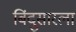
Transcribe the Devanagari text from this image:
बिंदुसारला